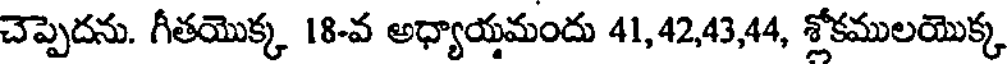
చెప్పెదను. గీతయొక్క 18-వ అధ్యాయమందు 41,42,43,44, శ్లోకములయొక్క